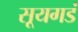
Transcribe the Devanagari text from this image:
सूयगडं